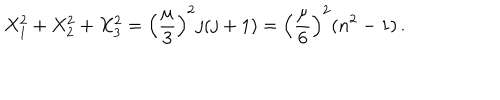
LaTeX: X _ { 1 } ^ { 2 } + X _ { 2 } ^ { 2 } + X _ { 3 } ^ { 2 } = \left( { \frac { \mu } { 3 } } \right) ^ { 2 } j ( j + 1 ) = \left( { \frac { \mu } { 6 } } \right) ^ { 2 } ( n ^ { 2 } - 1 ) \, .